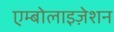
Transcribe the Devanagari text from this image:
एम्बोलाइज़ेशन